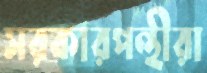
সরকারপন্থীরা